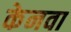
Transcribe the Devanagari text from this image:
केनवा